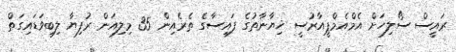
ރައީސް ސޯލިހަށް އެމްއެމްޕީއާރުސީ ޚިޔާނާތުގެ ފައިސާގެ ތެރެއިން 35 މިލިއަން ރުފިޔާ ލިބިވަޑައިގަތް